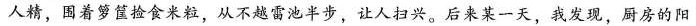
人精，围着箩筐捡食米粒，从不越雷池半步，让人扫兴。后来某一天，我发现，厨房的阳